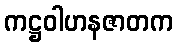
ကဋ္ဌဝါဟနဇာတက